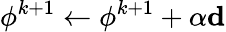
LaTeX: \phi^{k+1}\leftarrow\phi^{k+1}+\alpha\mathbf{d}